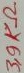
Text: 3,9KΩ